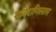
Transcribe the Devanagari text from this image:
मदिरागिलास